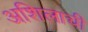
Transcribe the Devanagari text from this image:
अशिलाची